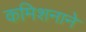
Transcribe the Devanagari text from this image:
कमिशनाने